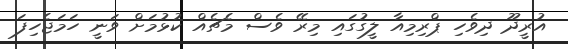
އުރީދޫ ދިވެހި ޕްރިމިއާ ލީގުގައި މިރޭ ވެސް މެޗެއް ކުޅުމަށް ވަނީ ހަމަޖެހިފަ